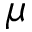
\mu